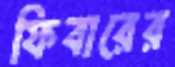
ফিবারের